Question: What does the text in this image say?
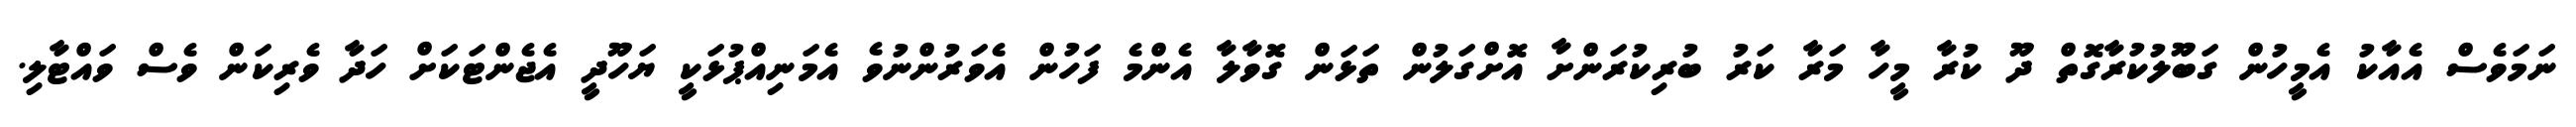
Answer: ނަމަވެސް އެއާކު އެމީހުން ގަބޫލުކުރާގޮތް ދޫ ކުރާ މީހާ މަރާ ކަރު ބުރިކުރަންށާ އޮށްގަލުން ތަޅަން ގޮވާލާ އެންމެ ފަހުން އެވަރުންނުވެ އެމަނިއްޕުޅަކީ ޔަހޫދީ އެޖެންޓަކަށް ހަދާ ވެރިކަން ވެސް ވައްޓާލި.